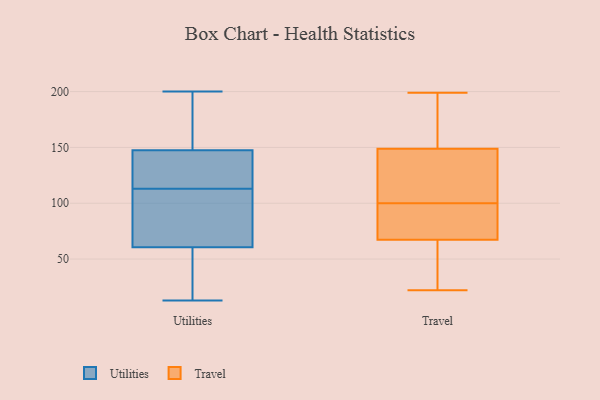
{"axis": {"x": "Headcount", "y": "Value"}, "legend": ["Travel", "Utilities"], "data": [{"x": "", "y": 69, "type": "Utilities"}, {"x": "", "y": 187, "type": "Utilities"}, {"x": "", "y": 13, "type": "Utilities"}, {"x": "", "y": 126, "type": "Utilities"}, {"x": "", "y": 114, "type": "Utilities"}, {"x": "", "y": 160, "type": "Utilities"}, {"x": "", "y": 108, "type": "Utilities"}, {"x": "", "y": 143, "type": "Utilities"}, {"x": "", "y": 161, "type": "Utilities"}, {"x": "", "y": 98, "type": "Utilities"}, {"x": "", "y": 29, "type": "Utilities"}, {"x": "", "y": 52, "type": "Utilities"}, {"x": "", "y": 133, "type": "Utilities"}, {"x": "", "y": 152, "type": "Utilities"}, {"x": "", "y": 200, "type": "Utilities"}, {"x": "", "y": 26, "type": "Utilities"}, {"x": "", "y": 105, "type": "Utilities"}, {"x": "", "y": 119, "type": "Utilities"}, {"x": "", "y": 21, "type": "Utilities"}, {"x": "", "y": 112, "type": "Utilities"}, {"x": "", "y": 97, "type": "Travel"}, {"x": "", "y": 151, "type": "Travel"}, {"x": "", "y": 100, "type": "Travel"}, {"x": "", "y": 120, "type": "Travel"}, {"x": "", "y": 67, "type": "Travel"}, {"x": "", "y": 185, "type": "Travel"}, {"x": "", "y": 22, "type": "Travel"}, {"x": "", "y": 199, "type": "Travel"}, {"x": "", "y": 152, "type": "Travel"}, {"x": "", "y": 125, "type": "Travel"}, {"x": "", "y": 93, "type": "Travel"}, {"x": "", "y": 145, "type": "Travel"}, {"x": "", "y": 108, "type": "Travel"}, {"x": "", "y": 29, "type": "Travel"}, {"x": "", "y": 48, "type": "Travel"}, {"x": "", "y": 68, "type": "Travel"}, {"x": "", "y": 150, "type": "Travel"}, {"x": "", "y": 85, "type": "Travel"}, {"x": "", "y": 54, "type": "Travel"}]}